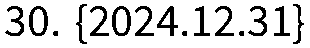
30. {2024.12.31}